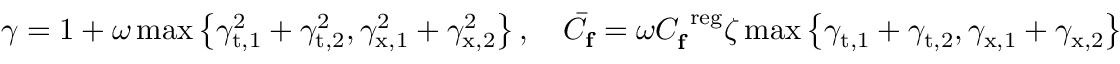
\begin{array} { r } { \gamma = 1 + \omega \operatorname* { m a x } \left\{ \gamma _ { \mathrm { t } , 1 } ^ { 2 } + \gamma _ { \mathrm { t } , 2 } ^ { 2 } , \gamma _ { \mathrm { x } , 1 } ^ { 2 } + \gamma _ { \mathrm { x } , 2 } ^ { 2 } \right\} , \quad \bar { C } _ { \mathbf { f } } = \omega C _ { \mathbf { f } } ^ { \mathrm { \mathrm { ~ r e g } } } \zeta \operatorname* { m a x } \left\{ \gamma _ { \mathrm { t } , 1 } + \gamma _ { \mathrm { t } , 2 } , \gamma _ { \mathrm { x } , 1 } + \gamma _ { \mathrm { x } , 2 } \right\} } \end{array}